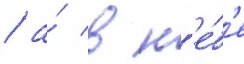
/ а́ в н'е́б'е